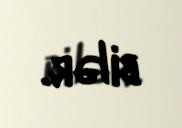
bilər.